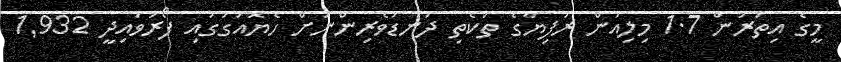
މީގެ އިތުރުން 1.7 މިލިއަން ރުފިޔާގެ ތަކެތި ދަނޑުވެރިންނަށް ހެޔޮއަގުގައި ފޯރުވައިދީ 1